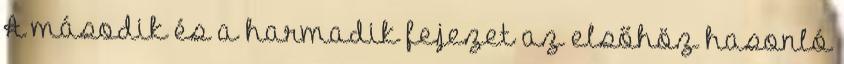
A második és a harmadik fejezet az elsőhöz hasonló